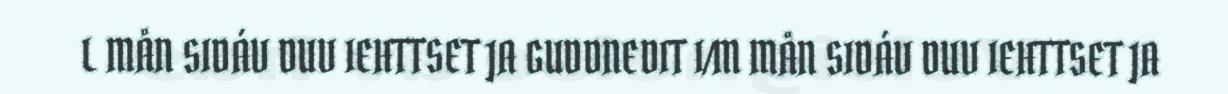
L MÅN SIDÁV DUV IEHTTSET JA GUDDNEDIT I/M MÅN SIDÁV DUV IEHTTSET JA